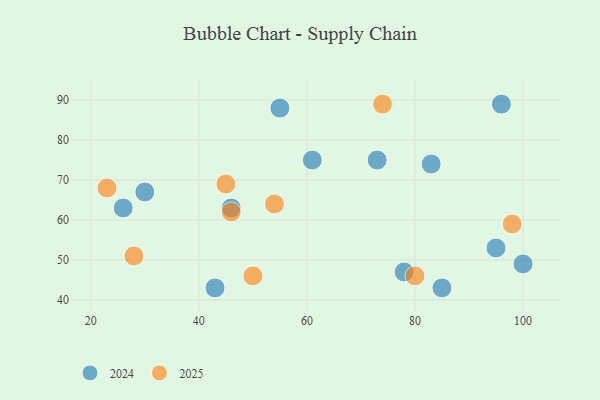
{"axis": {"x": "GDP", "y": "Life Expectancy"}, "legend": ["2024", "2025"], "data": [{"x": "95", "y": 53, "type": "2024"}, {"x": "96", "y": 89, "type": "2024"}, {"x": "100", "y": 49, "type": "2024"}, {"x": "55", "y": 88, "type": "2024"}, {"x": "30", "y": 67, "type": "2024"}, {"x": "43", "y": 43, "type": "2024"}, {"x": "85", "y": 43, "type": "2024"}, {"x": "26", "y": 63, "type": "2024"}, {"x": "78", "y": 47, "type": "2024"}, {"x": "61", "y": 75, "type": "2024"}, {"x": "83", "y": 74, "type": "2024"}, {"x": "73", "y": 75, "type": "2024"}, {"x": "46", "y": 63, "type": "2024"}, {"x": "98", "y": 59, "type": "2025"}, {"x": "45", "y": 69, "type": "2025"}, {"x": "74", "y": 89, "type": "2025"}, {"x": "54", "y": 64, "type": "2025"}, {"x": "28", "y": 51, "type": "2025"}, {"x": "23", "y": 68, "type": "2025"}, {"x": "50", "y": 46, "type": "2025"}, {"x": "80", "y": 46, "type": "2025"}, {"x": "46", "y": 62, "type": "2025"}]}